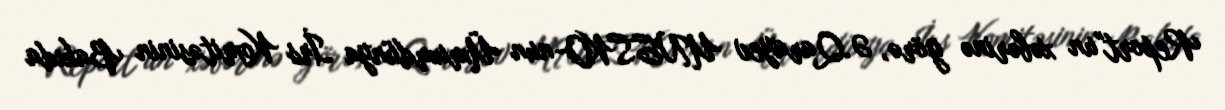
Report"un xəbərinə görə, Ə.Qarayev UNESKO-nun Ümumdünya İrs Komitəsinin Bakıda